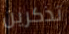
تذكرين